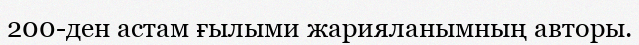
200-ден астам ғылыми жарияланымның авторы.